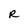
Character: R